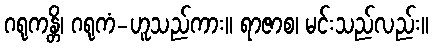
ဂရုကန္တိ၊ ဂရုကံ-ဟူသည်ကား။ ရာဇာစ၊ မင်းသည်လည်း။